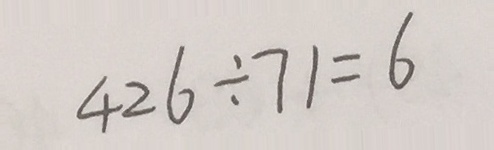
4 2 6 \div 7 1 = 6